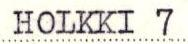
HOLKKI 7